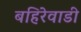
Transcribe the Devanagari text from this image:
बहिरेवाडी